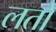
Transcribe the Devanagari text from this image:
लतो